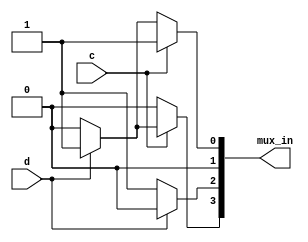
module top_module (
    input c,
    input d,
    output [3:0] mux_in
); 
      //solving the kmap give the expression 
    // f= (ab'd') + (abcd) + (a'b'(c+d))
    // a and b are select variables
    assign mux_in[0] = c?1:(d? 1:0),
        mux_in[1] = 0,
        mux_in[2]= d? 0:1,
        mux_in[3]=  c ? (d ? 1 : 0) : 0;

endmodule